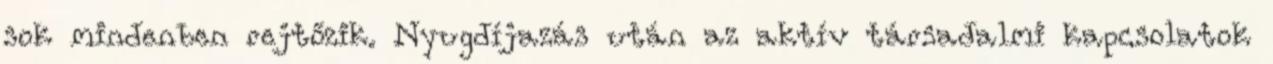
sok mindenben rejtőzik. Nyugdíjazás után az aktív társadalmi kapcsolatok